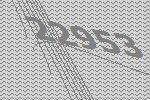
22953